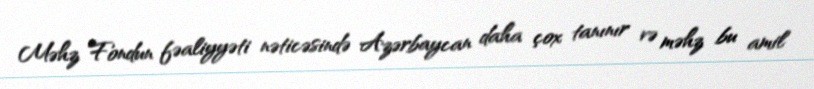
Məhz Fondun fəaliyyəti nəticəsində Azərbaycan daha çox tanınır və məhz bu amil